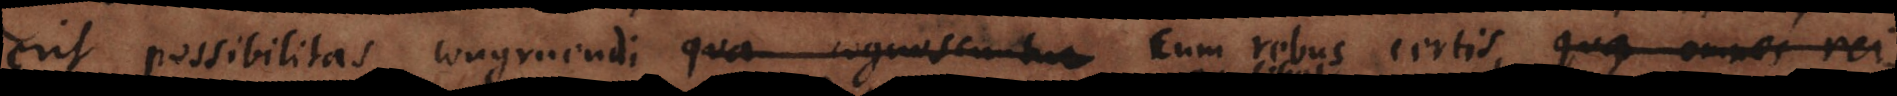
erit possibilitas congruendi qua cognoscuntur cum rebus certis, qua totum a